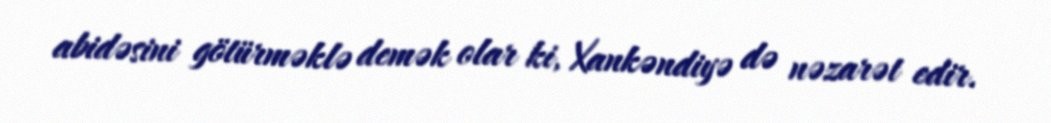
abidəsini götürməklə demək olar ki, Xankəndiyə də nəzarət edir.